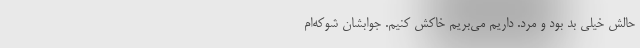
حالش خیلی بد بود و مُرد. داریم می‌بریم خاکش کنیم. جوابشان شوکه‌ام